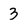
Character: 3